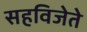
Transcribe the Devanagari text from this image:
सहविजेते